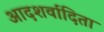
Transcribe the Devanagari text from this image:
आदशर्वादिता